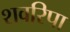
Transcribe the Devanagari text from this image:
शवरिपा